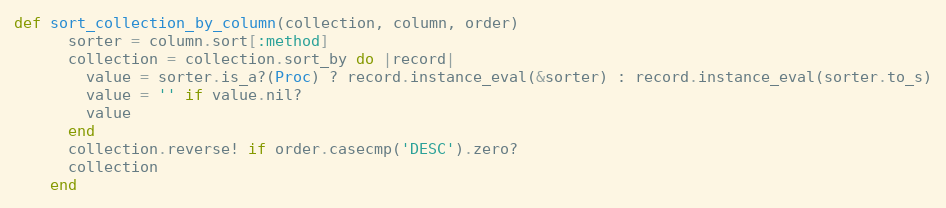
Language: Ruby
def sort_collection_by_column(collection, column, order)
      sorter = column.sort[:method]
      collection = collection.sort_by do |record|
        value = sorter.is_a?(Proc) ? record.instance_eval(&sorter) : record.instance_eval(sorter.to_s)
        value = '' if value.nil?
        value
      end
      collection.reverse! if order.casecmp('DESC').zero?
      collection
    end